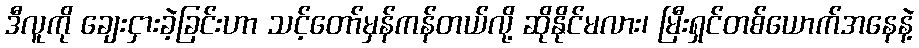
ဒီလူကို ချေးငှားခဲ့ခြင်းဟာ သင့်တော်မှန်ကန်တယ်လို့ ဆိုနိုင်မလား၊ မြီးရှင်တစ်ယောက်အနေနဲ့